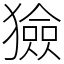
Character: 獫